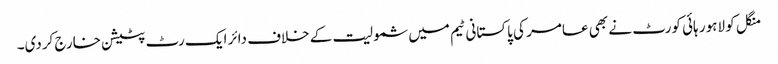
منگل کو لاہور ہائی کورٹ نے بھی عامر کی پاکستانی ٹیم میں شمولیت کے خلاف دائر ایک رٹ پٹیشن خارج کردی۔